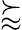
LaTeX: \succapprox